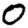
Digit: 0